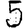
Digit: 5